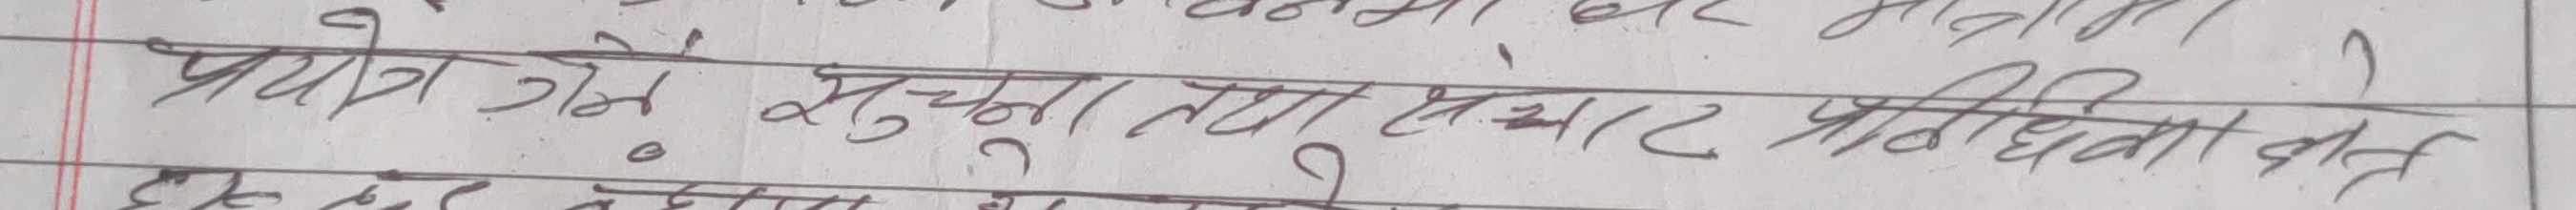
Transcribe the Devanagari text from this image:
प्रयोग हुने सूचना तथा संचार प्रविधिहरु